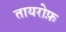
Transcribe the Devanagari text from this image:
तायरोफ़